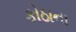
કોઠાના